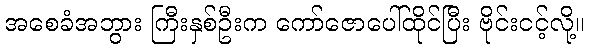
အစေခံအဘွား ကြီးနှစ်ဦးက ကော်ဇောပေါ်ထိုင်ပြီး ဗိုင်းငင့်လို့။